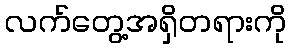
လက်တွေ့အရှိတရားကို